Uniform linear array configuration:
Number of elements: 64
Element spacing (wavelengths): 0.25
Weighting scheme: blackman
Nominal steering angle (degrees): -60
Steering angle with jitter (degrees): -58.876
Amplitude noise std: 0.05
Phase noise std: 0.05

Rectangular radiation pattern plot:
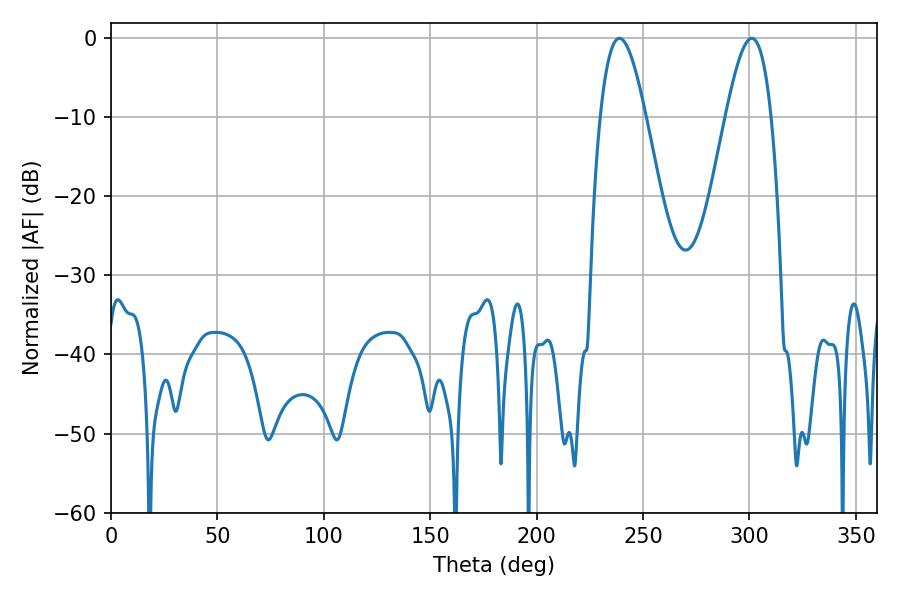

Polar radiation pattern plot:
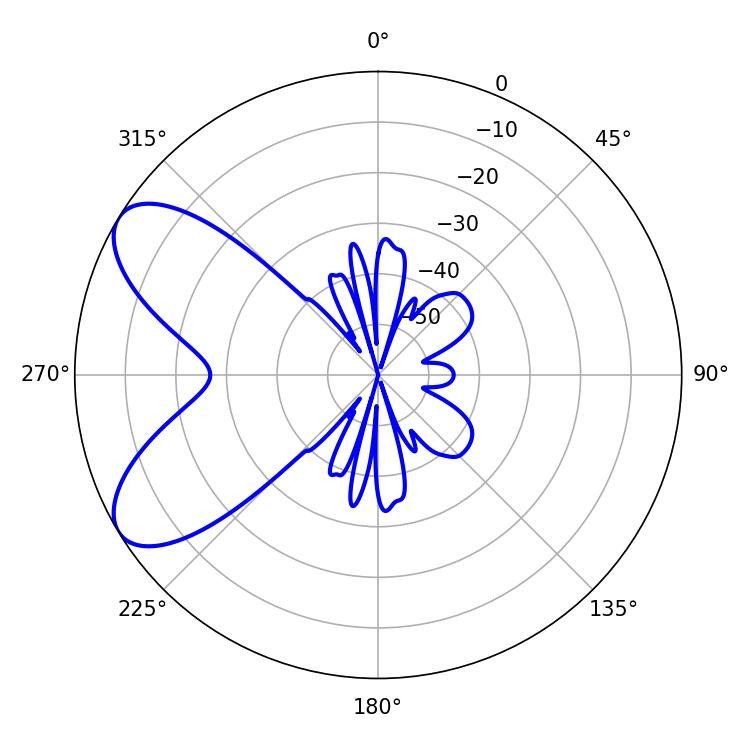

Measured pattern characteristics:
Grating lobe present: FALSE
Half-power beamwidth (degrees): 11.52
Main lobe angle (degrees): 238.86